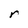
Character: r